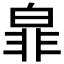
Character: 𭽜